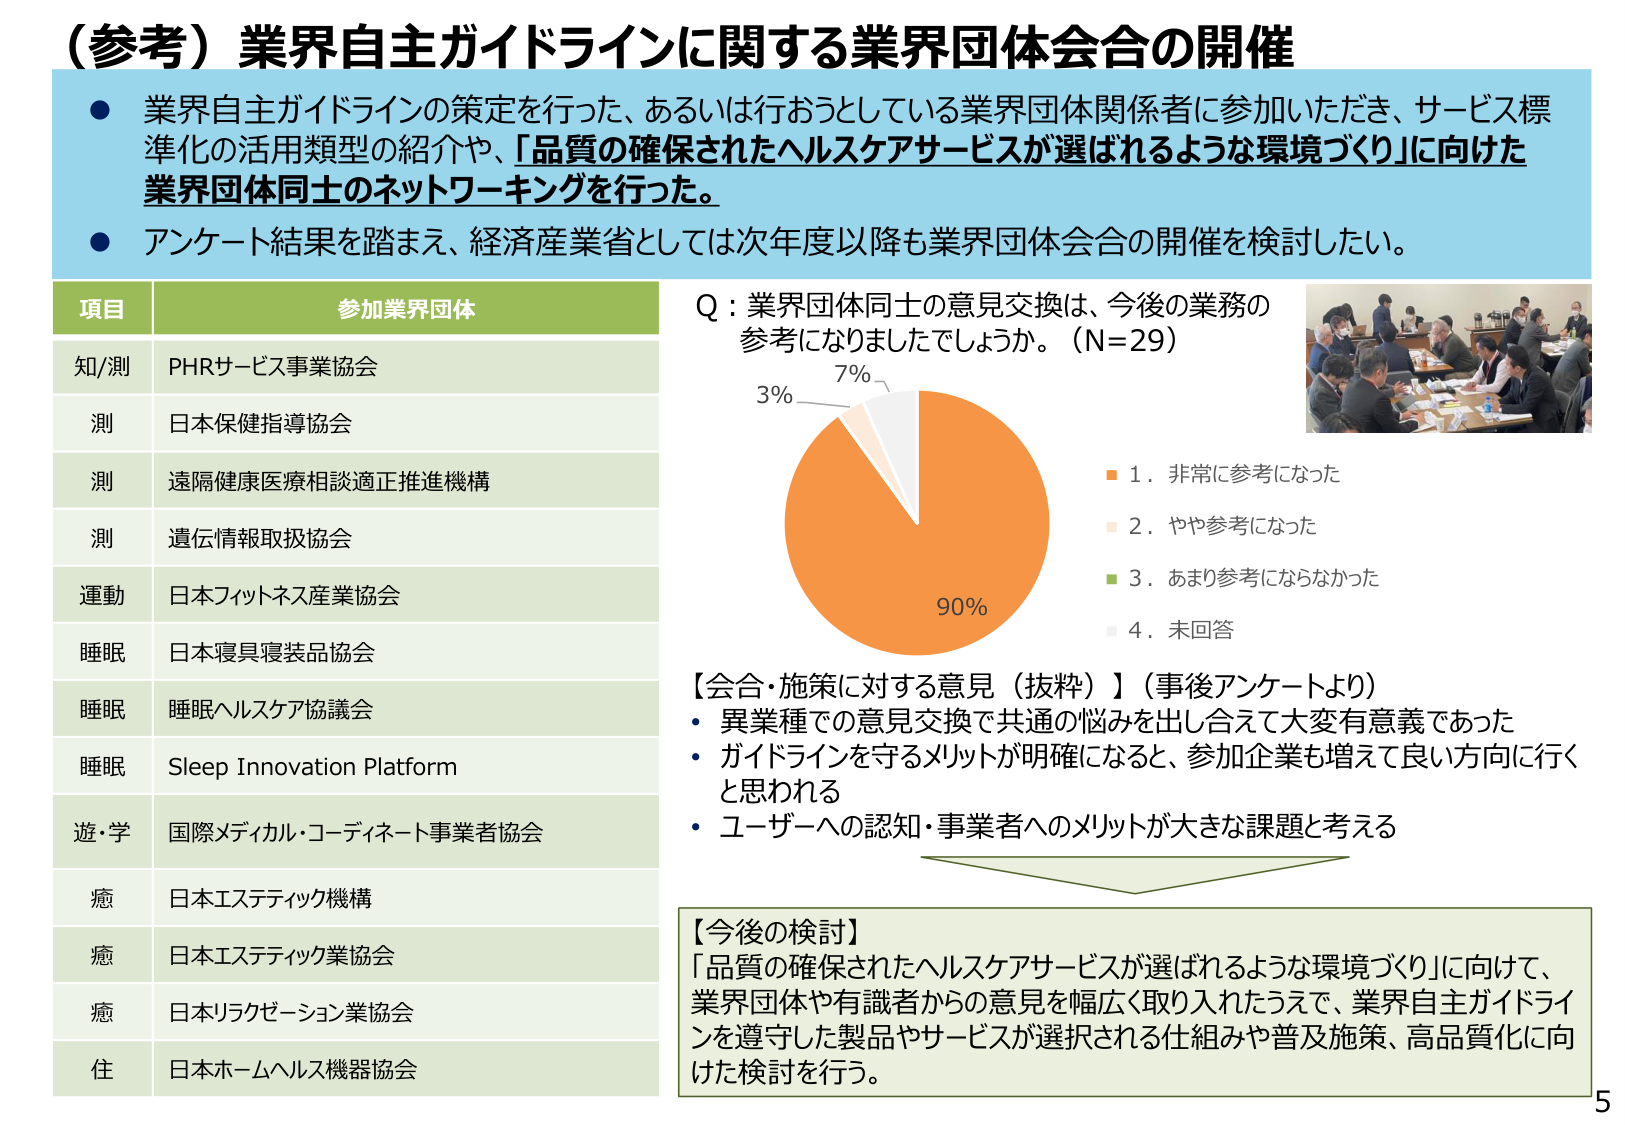
（参考）業界自主ガイドラインに関する業界団体会合の開催

● 業界自主ガイドラインの策定を行った、あるいは行おうとしている業界団体関係者に参加いただき、サービス標準化の活用類型の紹介や、「品質の確保されたヘルスケアサービスが選ばれるような環境づくり」に向けた業界団体同士のネットワーキングを行った。

● アンケート結果を踏まえ、経済産業省としては次年度以降も業界団体会合の開催を検討したい。

項目　　参加業界団体
知/測　PHRサービス事業協会
測　　日本保健指導協会
測　　遠隔健康医療相談適正推進機構
測　　遺伝情報取扱協会
運動　日本フィットネス産業協会
睡眠　日本寝具寝装品協会
睡眠　睡眠ヘルスケア協議会
睡眠　Sleep Innovation Platform
遊・学　国際メディカル・コーディネート事業者協会
癒　　日本エステティック機構
癒　　日本エステティック業協会
癒　　日本リラクゼーション業協会
住　　日本ホームヘルス機器協会

Q：業界団体同士の意見交換は、今後の業務の参考になりましたでしょうか。（N=29）

90%
3%　7%

■ 1．非常に参考になった
■ 2．やや参考になった
■ 3．あまり参考にならなかった
■ 4．未回答

【会合・施策に対する意見（抜粋）】（事後アンケートより）
・ 異業種での意見交換で共通の悩みを出し合えて大変有意義であった
・ ガイドラインを守るメリットが明確になると、参加企業も増えて良い方向に行くと思われる
・ ユーザーへの認知・事業者へのメリットが大きな課題と考える

【今後の検討】
「品質の確保されたヘルスケアサービスが選ばれるような環境づくり」に向けて、
業界団体や有識者からの意見を幅広く取り入れたうえで、業界自主ガイドラインを遵守した製品やサービスが選択される仕組みや普及施策、高品質化に向けた検討を行う。

5